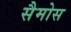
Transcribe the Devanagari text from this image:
सैमोस